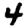
Digit: 4